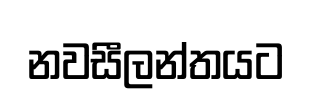
නවසීලන්තයට